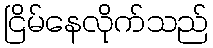
ငြိမ်နေလိုက်သည်